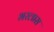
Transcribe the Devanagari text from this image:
भरलास